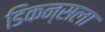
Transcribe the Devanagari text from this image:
डिकन्सला